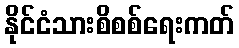
နိုင်ငံသားစိစစ်ရေးကတ်